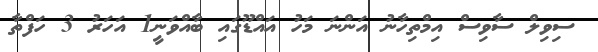
ސިވިލް ސާވިސް އިމްތިހާނު އަަންނަ މަހު އައްޑޫގައި ބާއްވަނީ1 އަހަރު 3 ހަފްތާ